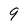
Character: 9